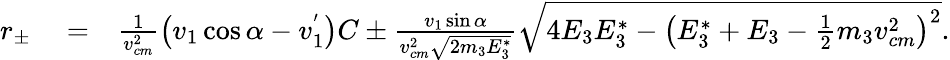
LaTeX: \begin{array}{rlr}{r_{\pm}}&{{}=}&{\frac{1}{v_{cm}^{2}}\left(v_{1}\cos\alpha-v_{1}^{'}\right)C\pm\frac{v_{1}\sin\alpha}{v_{cm}^{2}\sqrt{2m_{3}E_{3}^{*}}}\sqrt{4E_{3}E_{3}^{*}-\left(E_{3}^{*}+E_{3}-\frac{1}{2}m_{3}v_{cm}^{2}\right)^{2}}.}\end{array}